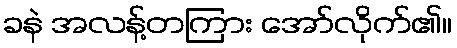
ခနဲ အလန့်တကြား အော်လိုက်၏။